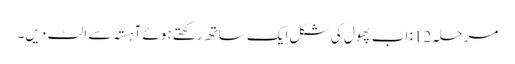
مرحلہ 12: اب پھول کی شکل ایک ساتھ رکھتے ہوئے آہستہ سے الٹ دیں۔